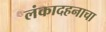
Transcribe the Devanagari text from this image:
लंकादहनाचा